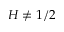
H \neq 1 / 2